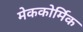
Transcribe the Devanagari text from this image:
मेककोर्मिक